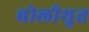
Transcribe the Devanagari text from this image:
बोलीयुत